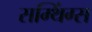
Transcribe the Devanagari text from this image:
सम्थिंग्स